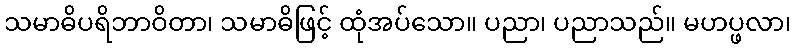
သမာဓိပရိဘာဝိတာ၊ သမာဓိဖြင့် ထုံအပ်သော။ ပညာ၊ ပညာသည်။ မဟပ္ဖလာ၊